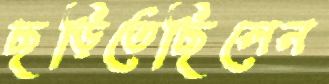
ছড়িতেছিলেন